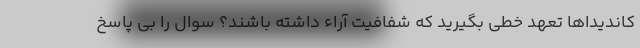
کاندیداها تعهد خطی بگیرید که شفافیت آراء داشته باشند؟ سوال را بی پاسخ